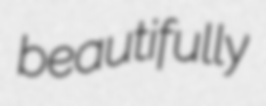
beautifully